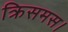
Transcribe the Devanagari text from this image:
क्रिसमस।